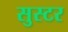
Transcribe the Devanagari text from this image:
सुस्टर